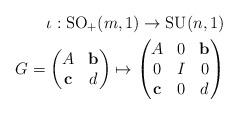
LaTeX: \begin{align*} \iota: \mathrm{SO}_+(m,1) \rightarrow \mathrm{SU}(n,1)\\ G= \left(\begin{matrix} A & \mathbf{b}\\\mathbf{c} & d\end{matrix}\right)\mapsto \left(\begin{matrix} A & 0 & \mathbf{b}\\0 & I & 0 \\\mathbf{c} & 0 & d\end{matrix}\right)\end{align*}